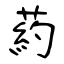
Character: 葯